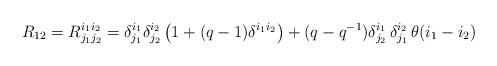
LaTeX: \begin{align*}R_{12} = R^{i_{1} i_{2} }_{j_{1} j_{2} }= \delta ^{i_{1}}_{j_{1}} \delta ^{i_{2}}_{j_{2}}\left( 1+(q-1) \delta ^{i_{1} i_{2} } \right) + (q-q^{-1})\delta ^{i_{1}}_{j_{2}} \, \delta^{i_{2}}_{j_{1}} \,\theta (i_{1} - i_{2} )\end{align*}